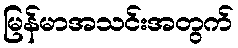
မြန်မာအသင်းအတွက်